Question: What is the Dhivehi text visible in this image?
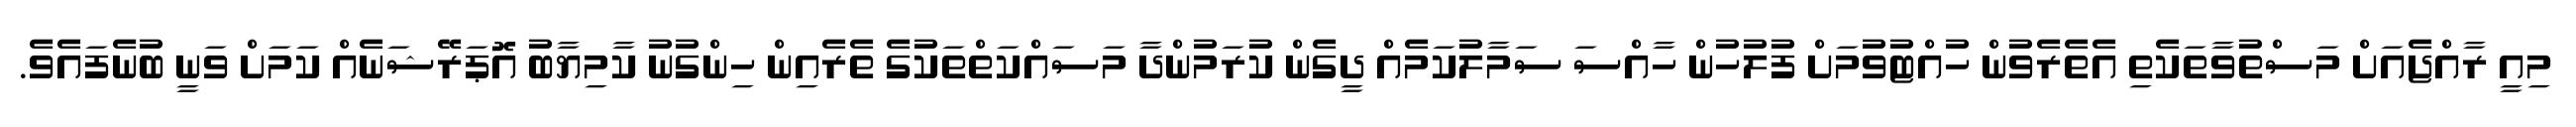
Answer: މިއީ ރާއްޖެއަށް މަސްތުވާތަކެތި އެތެރެވުން ހުއްޓުވުމަށް ފުލުހުން ހާއްސަ ސަމާލުކަމެއް ދީގެން ކުރަމުންދާ މަސައްކަތްތަކުގެ ތެރެއިން ހިންގުނު ކާމިޔާބު އޮޕަރޭޝަނެއް ކަމަށް ވަނީ ބުނެފައެވެ.